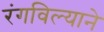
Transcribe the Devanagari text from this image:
रंगविल्याने